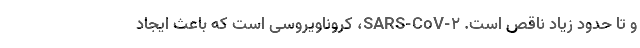
و تا حدود زیاد ناقص است. SARS-CoV-۲، کروناویروسی است که باعث ایجاد